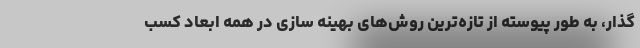
گذار، به طور پیوسته از تازه‌ترین روش‌های بهینه سازی در همه ابعاد کسب